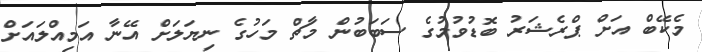
މެކޭބް އަށް ޕްރެޝަރު ބޮޑުވުމުގެ ސަބަބުން މާޗް މަހުގެ ނިޔަލަށް އޭނާ އަމިއްލައަށް